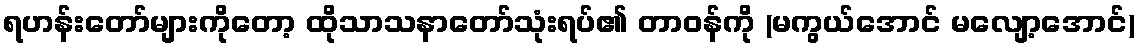
ရဟန်းတော်များကိုတော့ ထိုသာသနာတော်သုံးရပ်၏ တာဝန်ကို (မကွယ်အောင် မလျော့အောင်)